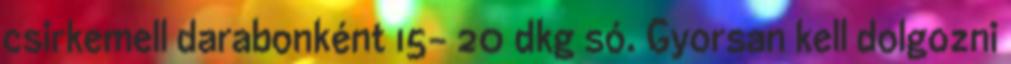
csirkemell darabonként 15- 20 dkg só. Gyorsan kell dolgozni